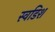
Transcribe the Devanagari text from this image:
स्वडिश